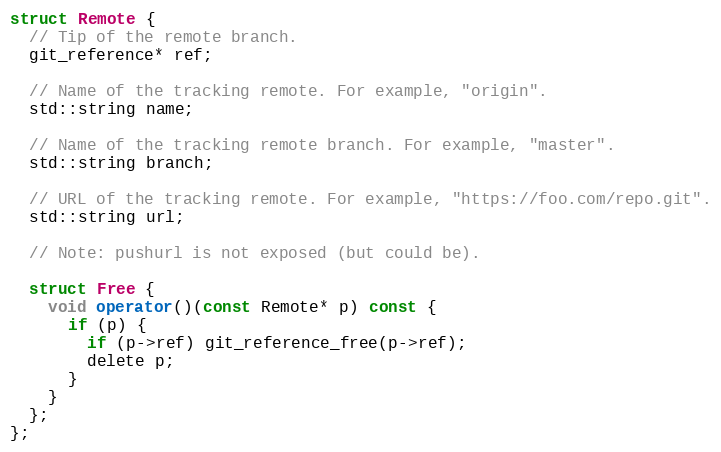
Language: C
struct Remote {
  // Tip of the remote branch.
  git_reference* ref;

  // Name of the tracking remote. For example, "origin".
  std::string name;

  // Name of the tracking remote branch. For example, "master".
  std::string branch;

  // URL of the tracking remote. For example, "https://foo.com/repo.git".
  std::string url;

  // Note: pushurl is not exposed (but could be).

  struct Free {
    void operator()(const Remote* p) const {
      if (p) {
        if (p->ref) git_reference_free(p->ref);
        delete p;
      }
    }
  };
};